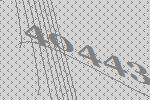
40443